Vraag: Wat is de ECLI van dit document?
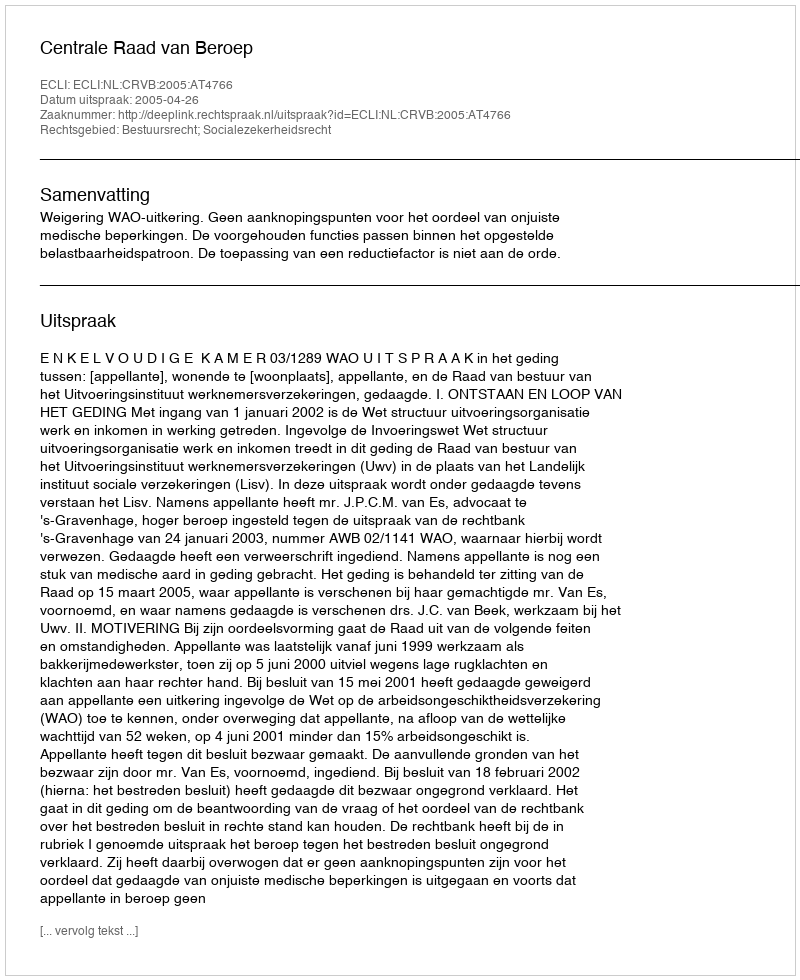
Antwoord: ECLI:NL:CRVB:2005:AT4766